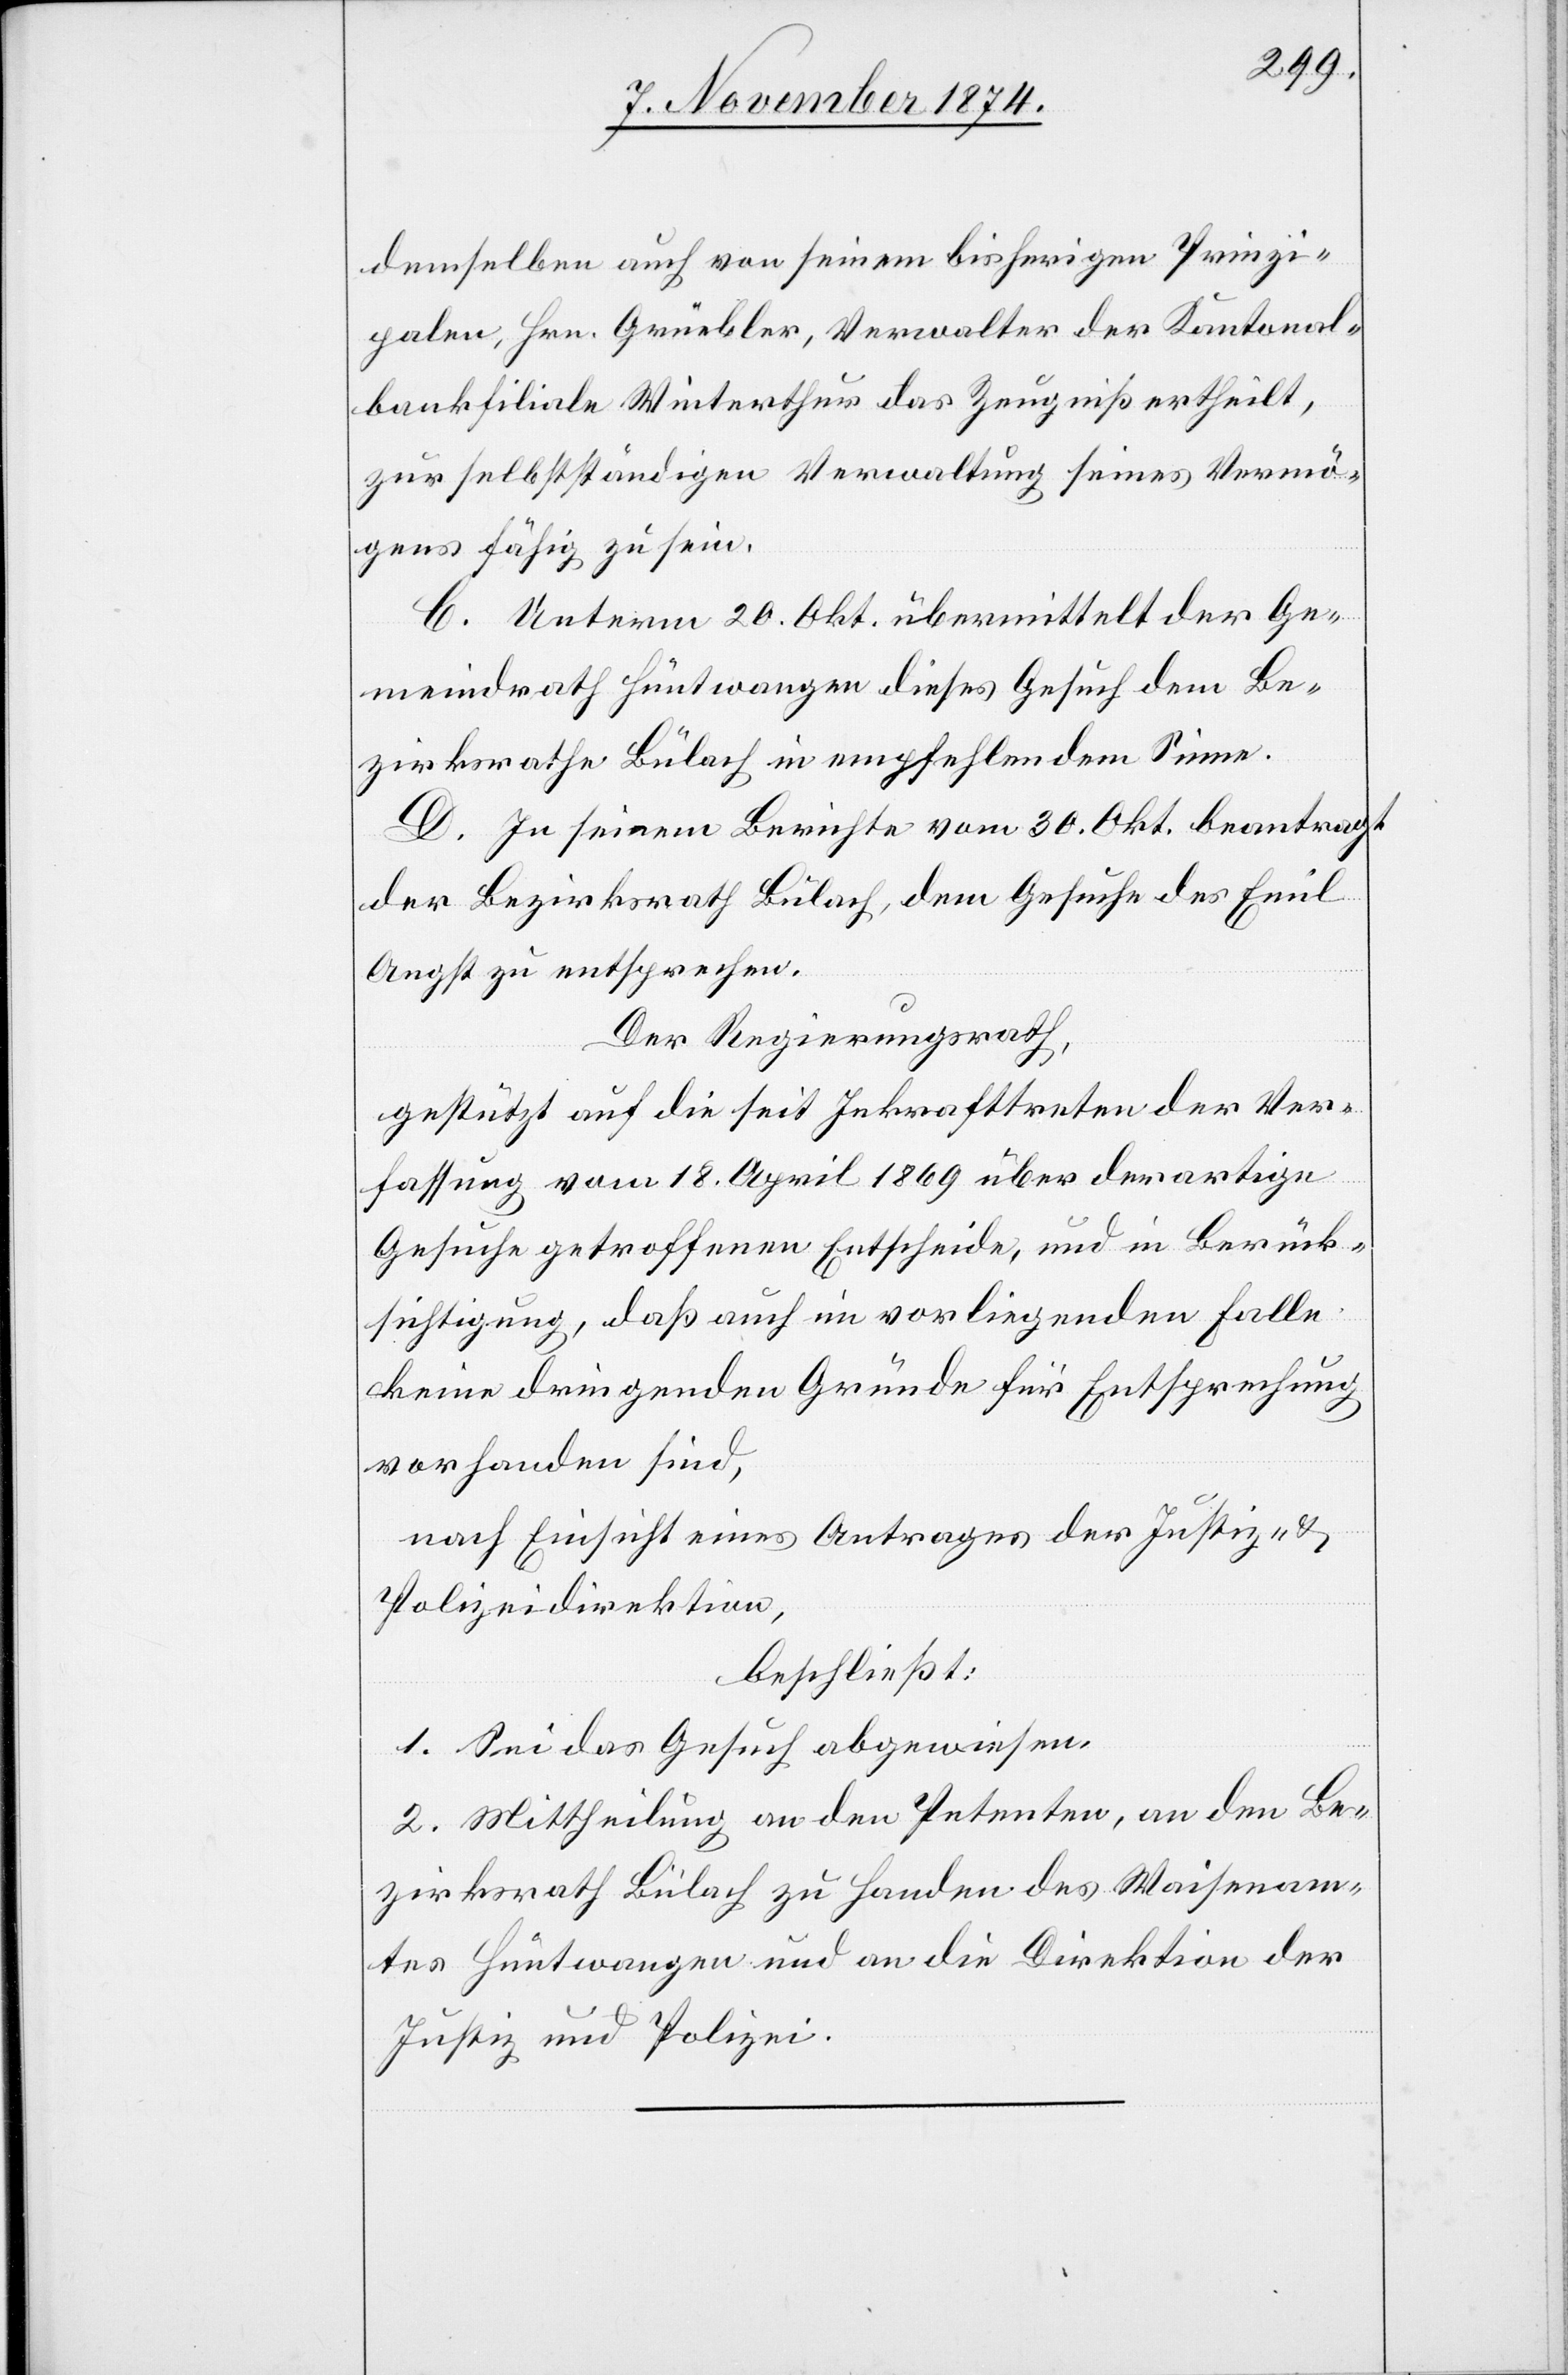
demselben auch von seinem bisherigen Prinzi¬
palen, Hrn. Grüebler, Verwalter der Kantonal¬
bankfiliale Winterthur das Zeugniß ertheilt,
zur selbstständigen Verwaltung seines Vermö¬
gens fähig zu sein.
C. Unterm 20. Okt. übermittelt der Ge¬
meindrath Hüntwangen dieses Gesuch dem Be¬
zirksrathe Bülach in empfehlendem Sinne.
D. In seinem Berichte vom 30. Okt. beantragt
der Bezirksrath Bülach, dem Gesuche des Emil
Angst zu entsprechen.
Der Regierungsrath,
gestützt auf die seit Inkrafttreten der Ver¬
fassung vom 18. April 1869 über derartige
Gesuche getroffenen Entscheide, und in Berück¬
sichtigung, daß auch im vorliegenden Falle
keine dringenden Gründe für Entsprechung
vorhanden sind,
nach Einsicht eines Antrages der Justiz- &
Polizeidirektion,
beschließt:
1. Sei das Gesuch abgewiesen.
2. Mittheilung an den Petenten, an den Be¬
zirksrath Bülach zu Handen des Waisenam¬
tes Hüntwangen und an die Direktion der
Justiz und Polizei.